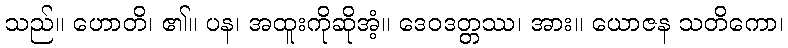
သည်။ ဟောတိ၊ ၏။ ပန၊ အထူးကိုဆိုအံ့။ ဒေဝဒတ္တဿ၊ အား။ ယောဇန သတိကော၊